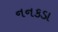
નનકડા